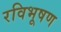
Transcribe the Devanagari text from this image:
रविभूषण